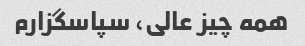
همه چیز عالی، سپاسگزارم